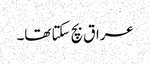
عراق بچ سکتا تھا۔